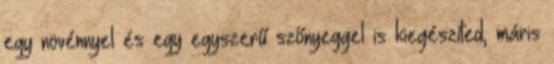
egy növénnyel és egy egyszerű szőnyeggel is kiegészíted, máris